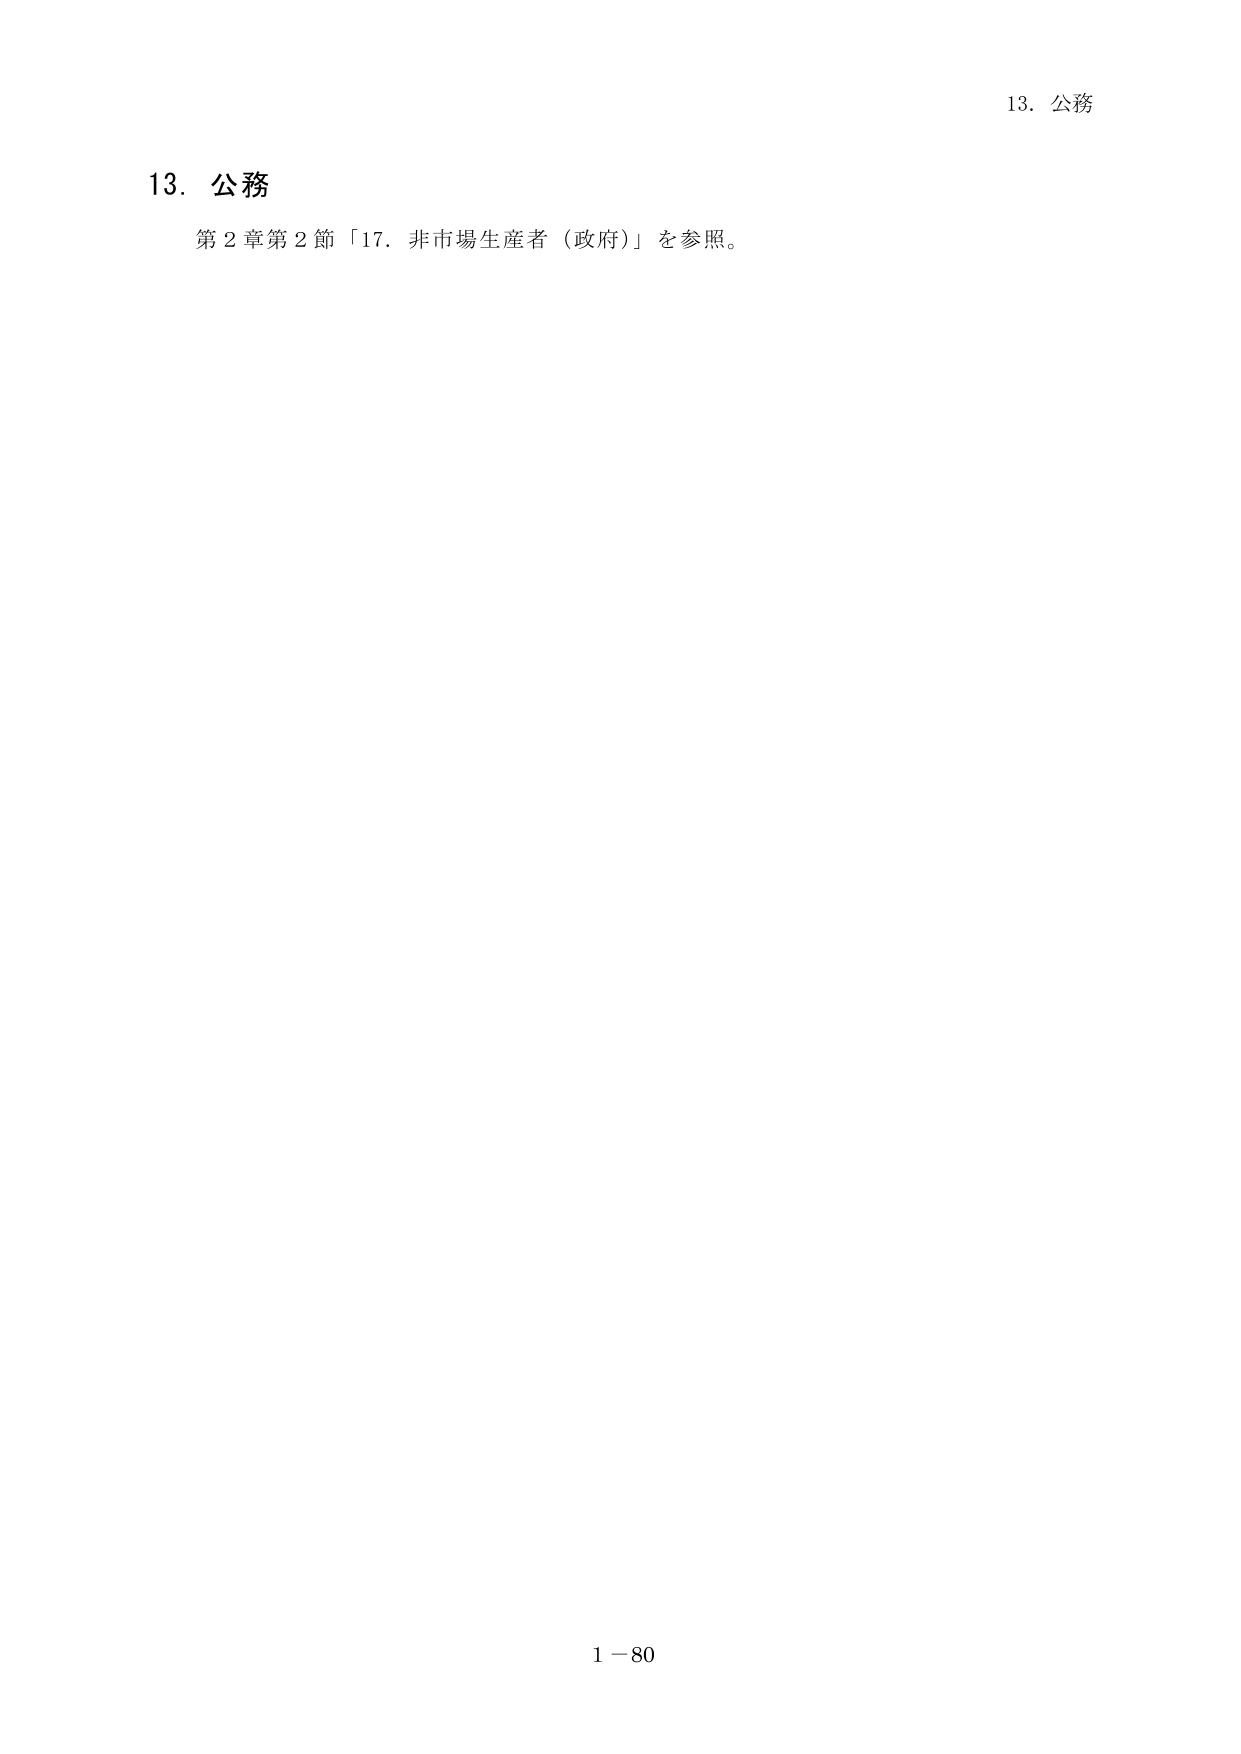
13. 公務
第2章第2節「17. 非市場生産者（政府）」を参照。
13. 公務
1－80